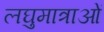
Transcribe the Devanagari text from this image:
लघुमात्राओं